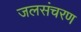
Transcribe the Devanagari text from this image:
जलसंचरण